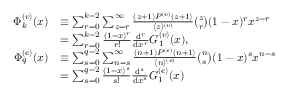
\begin{array} { r l } { \Phi _ { k } ^ { ( v ) } ( x ) } & { \equiv \sum _ { r = 0 } ^ { k - 2 } \sum _ { z = r } ^ { \infty } { \frac { ( z + 1 ) P ^ { ( v ) } ( z + 1 ) } { \langle z \rangle ^ { ( v ) } } } \binom { z } { r } ( 1 - x ) ^ { r } x ^ { z - r } } \\ & { = \sum _ { r = 0 } ^ { k - 2 } { \frac { ( 1 - x ) ^ { r } } { r ! } } { \frac { \mathrm { d } ^ { r } } { \mathrm { d } x ^ { r } } } G _ { 1 } ^ { ( v ) } ( x ) , } \\ { \Phi _ { q } ^ { ( e ) } ( x ) } & { \equiv \sum _ { s = 0 } ^ { q - 2 } \sum _ { n = s } ^ { \infty } { \frac { ( n + 1 ) P ^ { ( e ) } ( n + 1 ) } { \langle n \rangle ^ { ( e ) } } } \binom { n } { s } ( 1 - x ) ^ { s } x ^ { n - s } } \\ & { = \sum _ { s = 0 } ^ { q - 2 } { \frac { ( 1 - x ) ^ { s } } { s ! } } { \frac { \mathrm { d } ^ { s } } { \mathrm { d } x ^ { s } } } G _ { 1 } ^ { ( e ) } ( x ) } \end{array}